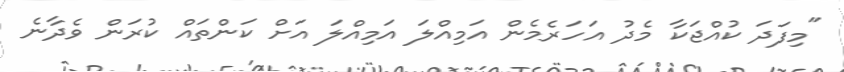
"މިފަދަ ކުއްޖަކާ މެދު އަހަރެމެން އަމިއްލަ އަމިއްލަ އަށް ކަންތައް ކުރަން ވެދާނެ